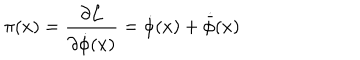
LaTeX: \pi ( x ) = \frac { \partial { \cal L } } { \partial { \dot { \phi } } ( x ) } = { \dot { \phi } } ( x ) + { \dot { \bar { \phi } } } ( x )